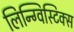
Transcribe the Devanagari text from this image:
लिन्ग्विस्टिक्स